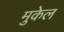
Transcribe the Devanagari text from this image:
मुकेल